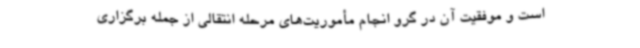
است و موفقیت آن در گرو انجام مأموریت‌های مرحله انتقالی از جمله برگزاری